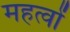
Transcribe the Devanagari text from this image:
महत्वों